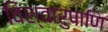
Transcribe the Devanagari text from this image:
विश्वारुपाणि